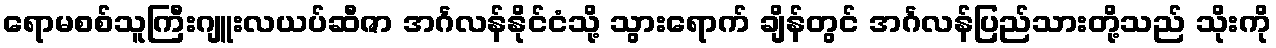
ရောမစစ်သူကြီးဂျူးလယပ်ဆီဇာ အင်္ဂလန်နိုင်ငံသို့ သွားရောက် ချိန်တွင် အင်္ဂလန်ပြည်သားတို့သည် သိုးကို